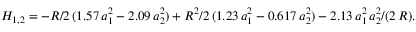
H _ { 1 , 2 } = - R / 2 \, ( 1 . 5 7 \, a _ { 1 } ^ { 2 } - 2 . 0 9 \, a _ { 2 } ^ { 2 } ) + R ^ { 2 } / 2 \, ( 1 . 2 3 \, a _ { 1 } ^ { 2 } - 0 . 6 1 7 \, a _ { 2 } ^ { 2 } ) - 2 . 1 3 \, a _ { 1 } ^ { 2 } \, a _ { 2 } ^ { 2 } / ( 2 \, R ) .